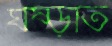
ঘষ্‌ড়াত